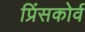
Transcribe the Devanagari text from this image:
प्रिंसकोर्व